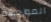
المواجهة